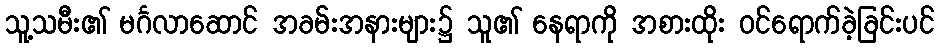
သူ့သမီး၏ မင်္ဂလာဆောင် အခမ်းအနားများ၌ သူ၏ နေရာကို အစားထိုး ဝင်ရောက်ခဲ့ခြင်းပင်